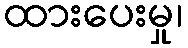
ထားပေးမှု၊